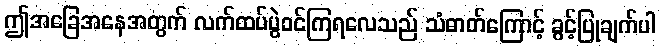
ဤအခြေအနေအတွက် လက်ထပ်ပွဲဝင်ကြရလေသည် သံဓာတ်ကြောင့် ခွင့်ပြုချက်ပါ